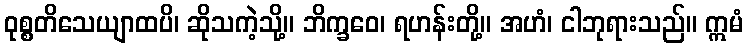
ဝုစ္စတိသေယျာထပိ၊ ဆိုသကဲ့သို့။ ဘိက္ခဝေ၊ ရဟန်းတို့။ အဟံ၊ ငါဘုရားသည်။ ဣမံ